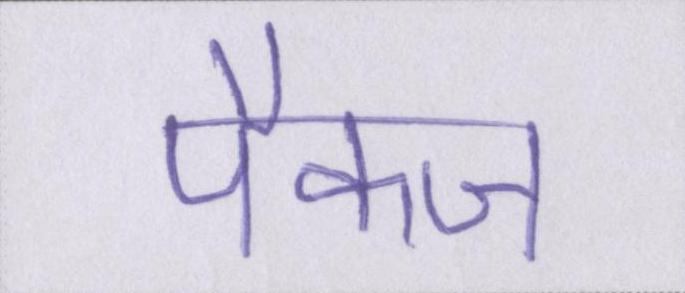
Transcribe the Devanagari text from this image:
पैकज